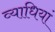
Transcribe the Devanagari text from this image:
व्‍याधियां